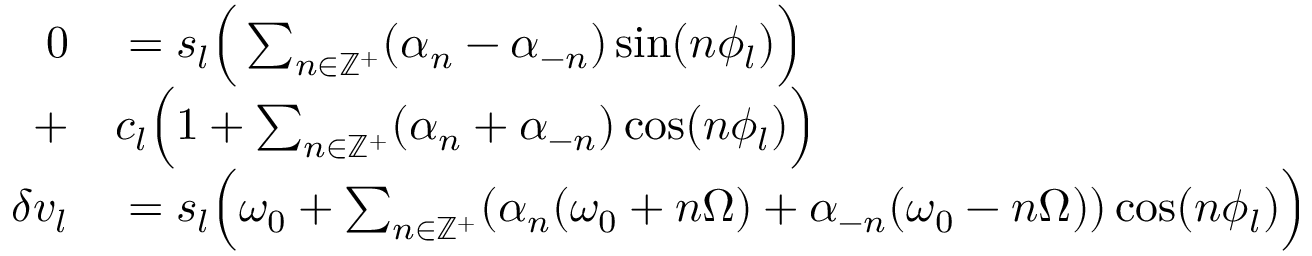
\begin{array} { r l } { 0 } & { { } = s _ { l } \Big ( \sum _ { n \in \mathbb { Z } ^ { + } } ( \alpha _ { n } - \alpha _ { - n } ) \sin ( n \phi _ { l } ) \Big ) } \\ { + } & { { } c _ { l } \Big ( 1 + \sum _ { n \in \mathbb { Z } ^ { + } } ( \alpha _ { n } + \alpha _ { - n } ) \cos ( n \phi _ { l } ) \Big ) } \\ { \delta v _ { l } } & { { } = s _ { l } \Big ( \omega _ { 0 } + \sum _ { n \in \mathbb { Z } ^ { + } } ( \alpha _ { n } ( \omega _ { 0 } + n \Omega ) + \alpha _ { - n } ( \omega _ { 0 } - n \Omega ) ) \cos ( n \phi _ { l } ) \Big ) } \end{array}